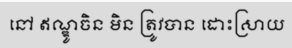
នៅ ឥណ្ឌូចិន មិន ត្រូវបាន ដោះស្រាយ